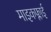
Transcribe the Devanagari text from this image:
माइकफ्लाई